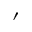
^ { \prime }